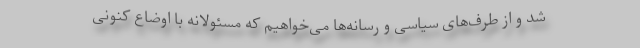
شد و از طرف‌های سیاسی و رسانه‌ها می‌خواهیم که مسئولانه با اوضاع کنونی